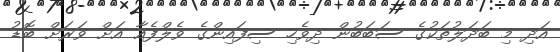
އަދި މި ބަދަލުތަކުގެ ސަބަބުން ދިވެހި ސިފައިންގެ ވެލްފެއާ އަށް ވަރަށް ބޮޑު